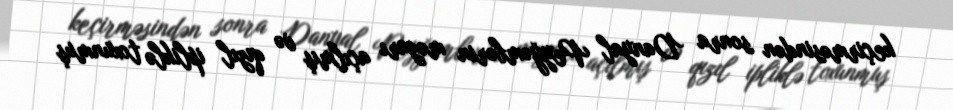
keçirməsindən sonra Danyal Peyğəmbərin məzarı açılmış və qızıl ipliklə toxunmuş